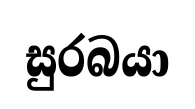
සුරබයා